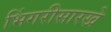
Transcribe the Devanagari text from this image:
भिंगरीसारखे